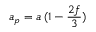
a _ { p } = a \, ( 1 - { \frac { 2 f } { 3 } } )